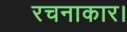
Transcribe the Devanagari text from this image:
रचनाकार।